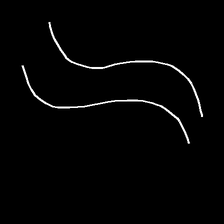
Glyph: float